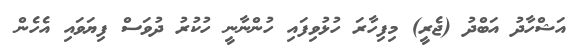
އަޝްހާދު އަބްދު (ޖެރީ) މިފިހާރަ ހުޅުވިފައި ހުންނާނީ ހުކުރު ދުވަސް ފިޔަވައި އެހެން